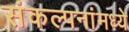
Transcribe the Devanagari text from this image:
संकल्पनांमध्ये